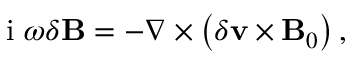
\begin{array} { r } { \mathrm { ~ i ~ } \omega \delta \mathbf { B } = - \nabla \times \left( \delta \mathbf { v } \times \mathbf { B } _ { 0 } \right) , } \end{array}